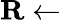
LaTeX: \mathbf R\gets